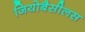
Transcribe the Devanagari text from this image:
जियोबैसीलस